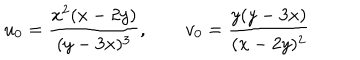
u _ { 0 } = \frac { x ^ { 2 } ( x - 2 y ) } { ( y - 3 x ) ^ { 3 } } , \qquad v _ { 0 } = \frac { y ( y - 3 x ) } { ( x - 2 y ) ^ { 2 } }